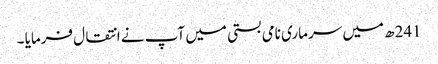
241ھ میں سرماری نامی بستی میں آپ نے انتقال فرمایا ۔